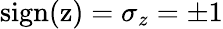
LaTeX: \mathrm{sign(z)}=\sigma_{z}=\pm 1